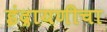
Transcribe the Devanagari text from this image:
इंद्रायणीचा